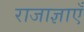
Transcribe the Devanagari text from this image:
राजाज्ञाएँ